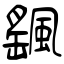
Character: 颻